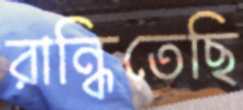
রান্ধিতেছি